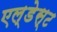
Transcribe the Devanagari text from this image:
एल्डेस्ट